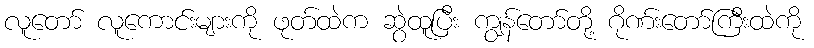
လူတော် လူကောင်းများကို ဖုတ်ထဲက ဆွဲထူပြီး ကျွန်တော်တို့ ဂိုဏ်းတော်ကြီးထဲကို